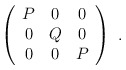
\begin{align*} \left( \begin{array}{ccc} P & 0 & 0 \\ 0 & Q & 0 \\ 0 & 0 & P \end{array} \right)~.\end{align*}